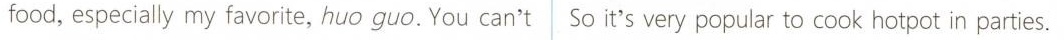
food,especially my favorite, huo guo. You can't So it's very popular to cook hotpot in parties.